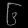
Digit: ၆